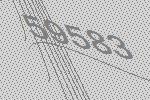
59583